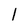
Character: 1